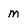
Character: m